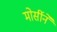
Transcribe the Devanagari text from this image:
मोर्सीने